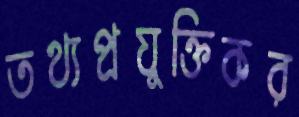
তথ্যপ্রযুক্তিকর